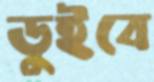
ডুইবে